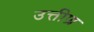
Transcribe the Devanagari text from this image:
उत्तीण्र